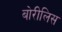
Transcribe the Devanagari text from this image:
बोरीलिस